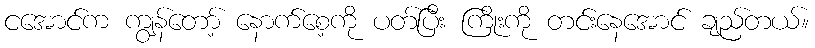
ငအောင်က ကျွန်တော့် နောက်စေ့ကို ပတ်ပြီး ကြိုးကို တင်းနေအောင် ချည်တယ်။